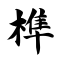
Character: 榫